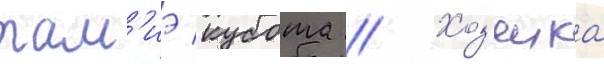
там'иэ кубота // Хоз'яика